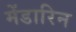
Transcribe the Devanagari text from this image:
मेंडारिन